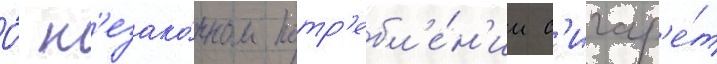
О́ н'езако́нном потр'ебл'е́н'ии с'игар'е́т